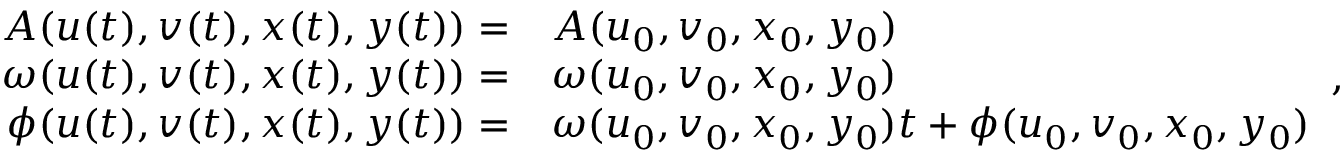
\begin{array} { r l } { A ( u ( t ) , v ( t ) , x ( t ) , y ( t ) ) = } & { A ( u _ { 0 } , v _ { 0 } , x _ { 0 } , y _ { 0 } ) } \\ { \omega ( u ( t ) , v ( t ) , x ( t ) , y ( t ) ) = } & { \omega ( u _ { 0 } , v _ { 0 } , x _ { 0 } , y _ { 0 } ) } \\ { \phi ( u ( t ) , v ( t ) , x ( t ) , y ( t ) ) = } & { \omega ( u _ { 0 } , v _ { 0 } , x _ { 0 } , y _ { 0 } ) t + \phi ( u _ { 0 } , v _ { 0 } , x _ { 0 } , y _ { 0 } ) } \end{array} ,